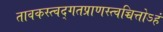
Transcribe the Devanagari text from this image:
तावकस्त्वद्गतप्राणस्त्वच्चित्तोऽहं